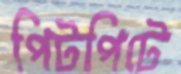
পিটপিটে